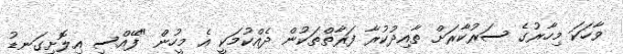
ވާހަކަ މިހާރުގެ ސަރުކާރަށް ތާއިދުކުރާ ފަރާތްތަކުން ދެއްކުމަކީ އެ މީހުން "ފޭއްސި އިލޮށިގަނޑު